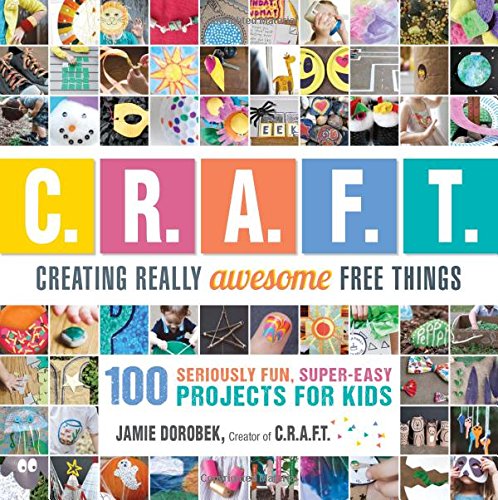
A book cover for Creating Really Awesome Free Things: 100 Seriously Fun, Super Easy Projects for Kids; Jamie Dorobek; Parenting & Relationships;